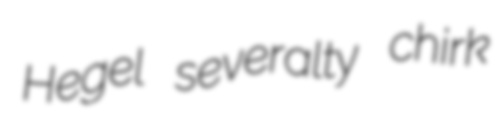
Hegel severalty chirk